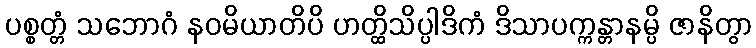
ပစ္စတ္တံ သဘောဂံ နဝမိယာတိပိ ဟတ္ထိသိပ္ပါဒိကံ ဒိသာပက္ကန္တာနမ္ပိ ဇာနိတွာ